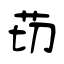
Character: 苆